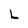
Character: L